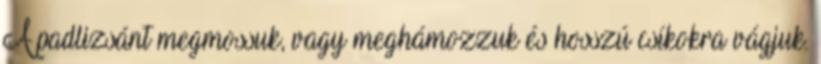
A padlizsánt megmossuk, vagy meghámozzuk és hosszú csíkokra vágjuk.